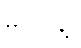
မပြုပါနဲ့။